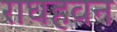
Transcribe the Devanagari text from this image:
राघहवन